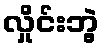
လှိုင်းဘွဲ့